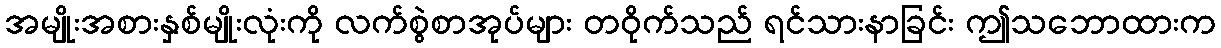
အမျိုးအစားနှစ်မျိုးလုံးကို လက်စွဲစာအုပ်များ တဝိုက်သည် ရင်သားနာခြင်း ဤသဘောထားက